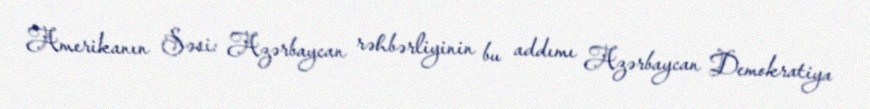
Amerikanın Səsi: Azərbaycan rəhbərliyinin bu addımı Azərbaycan Demokratiya